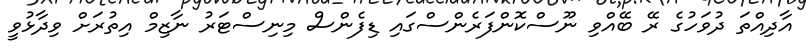
އާދިއްތަ ދުވަހުގެ ރޭ ބޭއްވި ނޫސްކޮންފަރެންސްގައި ޑިފެންސް މިނިސްޓަރު ނާޒިމް އިތުރަށް ވިދާޅުވީ